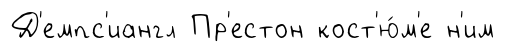
Д'емпс'иангл Пр'естон кост'ю́м'е н'им